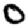
Digit: 0